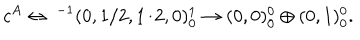
LaTeX: c ^ { A } \leftrightarrow \ ^ { - 1 } ( 0 , 1 / 2 , 1 / 2 , 0 ) _ { 0 } ^ { 1 } \rightarrow ( 0 , 0 ) _ { 0 } ^ { 0 } \oplus ( 0 , 1 ) _ { 0 } ^ { 0 } .